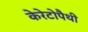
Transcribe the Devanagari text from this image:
केरेटोपैथी